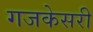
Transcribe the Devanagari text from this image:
गजकेसरी